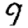
Digit: 9